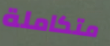
متكاملة